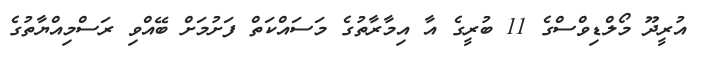
އުރީދޫ މޯލްޑިވްސްގެ 11 ބުރީގެ އާ އިމާރާތުގެ މަސައްކަތް ފަށުމަށް ބޭއްވި ރަސްމިއްޔާތުގެ